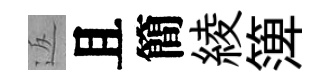
返且簡綾𥱼